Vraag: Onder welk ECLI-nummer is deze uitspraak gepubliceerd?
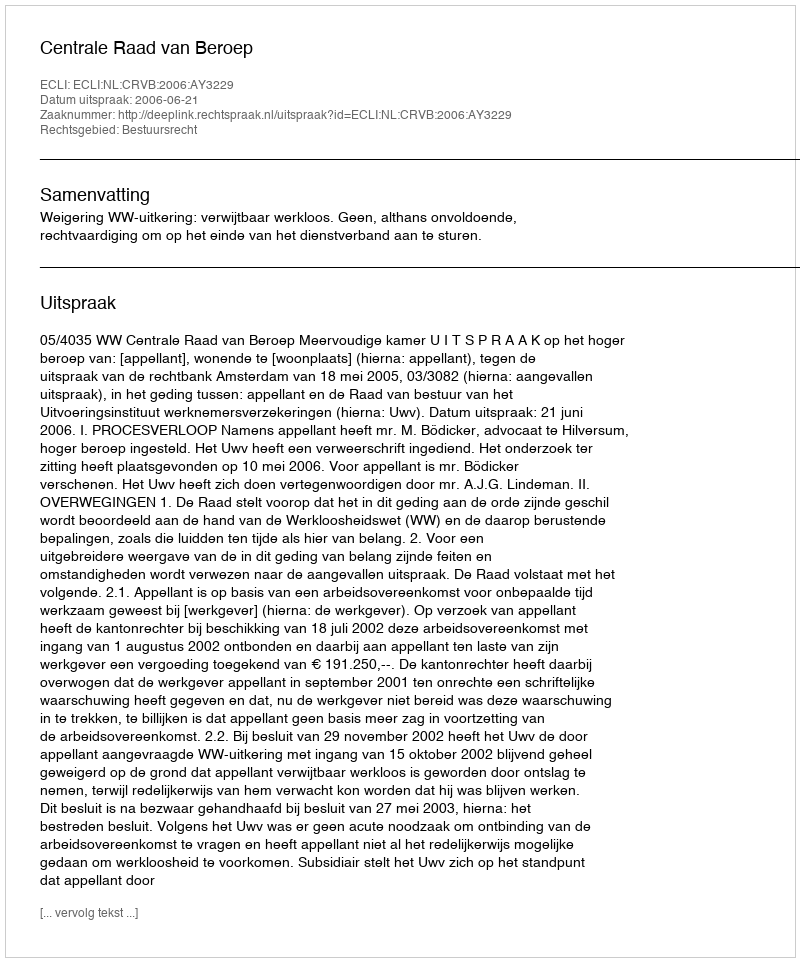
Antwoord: ECLI:NL:CRVB:2006:AY3229